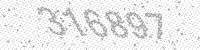
Solution: 316897